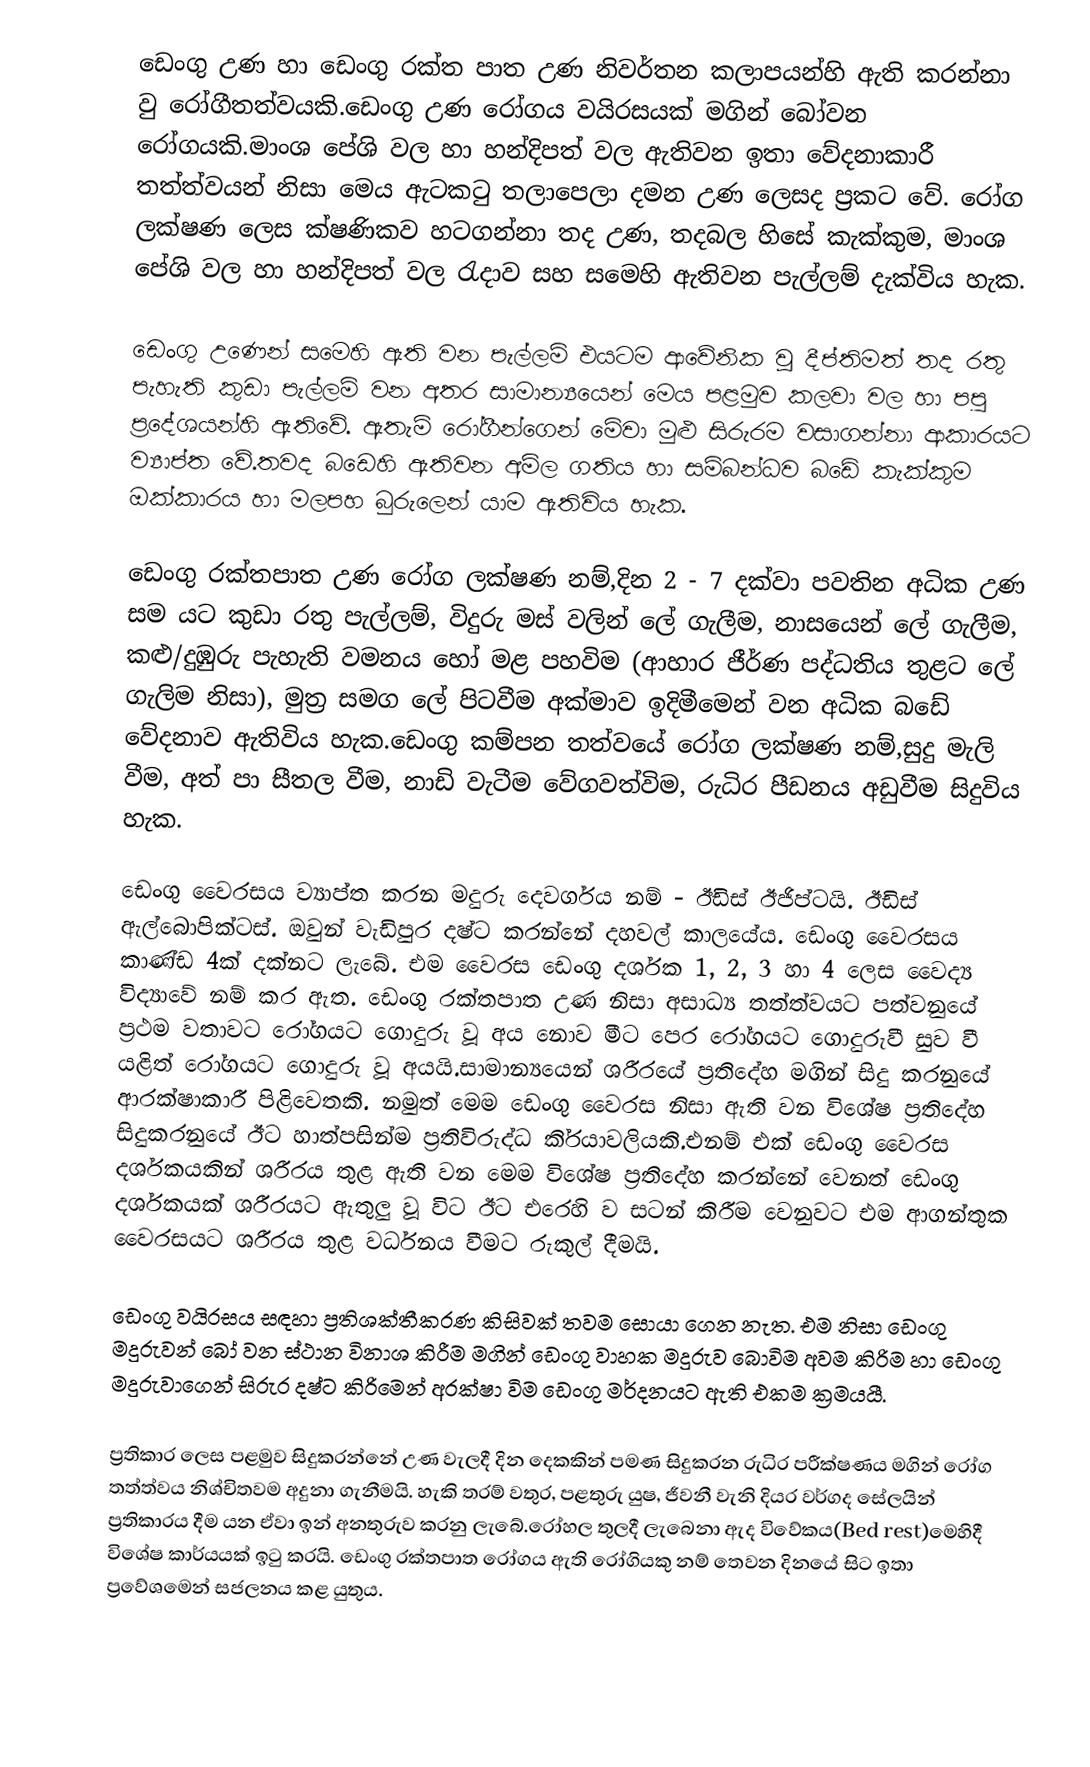
ඩෙංගු උණ හා ඩෙංගු රක්ත පාත උණ නිවර්තන කලාපයන්හි ඇති කරන්නා වු රෝගීතත්වයකි.ඩෙංගු උණ රෝගය වයිරසයක් මගින් බෝවන රෝගයකි.මාංශ පේශි වල හා හන්දිපත් වල ඇතිවන ඉතා වේදනාකාරී තත්ත්වයන් නිසා මෙය ඇටකටු තලාපෙලා දමන උණ ලෙසද ප්‍රකට වේ. රෝග ලක්ෂණ ලෙස ක්ෂණිකව හටගන්නා තද උණ, තදබල හිසේ කැක්කුම, මාංශ පේශි වල හා හන්දිපත් වල  රැදාව සහ සමෙහි ඇතිවන පැල්ලම් දැක්විය හැක.

ඩෙංගු උණෙන් සමෙහි ඇති වන පැල්ලම් එයටම ආවේනික වූ දීප්තිමත්  තද රතු පැහැති කුඩා පැල්ලම් වන අතර සාමාන්‍යයෙන් මෙය  පළමුව කලවා වල හා පපු ප්‍රදේශයන්හි ඇතිවේ. ඇතැම් රෝගීන්ගෙන් මේවා මුළු සිරුරම වසාගන්නා  ආකාරයට ව්‍යාප්ත වේ.තවද බඩෙහි ඇතිවන අම්ල ගතිය හා  සම්බන්ධව බඩේ කැක්කුම  ඔක්කාරය හා මලපහ බුරුලෙන් යාම ඇතිවිය හැක.

ඩෙංගු රක්තපාත උණ රෝග ලක්ෂණ නම්,දින 2 - 7 දක්වා පවතින අධික උණ සම යට කුඩා රතු පැල්ලම්, විදුරු මස් වලින් ලේ ගැලීම, නාසයෙන් ලේ ගැලීම, කළු/දුඹුරු පැහැති වමනය හෝ මළ පහවිම (ආහාර ජීර්ණ පද්ධතිය තුළට ලේ ගැලිම නිසා), මුත්‍ර සමග ලේ පිටවීම අක්මාව ඉදිමීමෙන් වන අධික බඩේ වේදනාව ඇතිවිය හැක.ඩෙංගු කම්පන තත්වයේ රෝග ලක්ෂණ නම්,සුදු මැලි වීම, අත් පා සීතල වීම, නාඩි වැටීම වේගවත්විම, රුධිර පීඩනය අඩුවීම සිදුවිය හැක.

ඩෙංගු වෛරසය ව්‍යාප්ත කරන මදුරු දෙවර්ගය නම් - ඊඩිස් ඊජිප්ටයි. ඊඩිස් ඇල්බොපික්ටස්. ඔවුන් වැඩිපුර දෂ්ට කරන්නේ දහවල් කාලයේය. ඩෙංගු වෛරසය කාණ්ඩ 4ක් දක්නට ලැබේ. එම වෛරස ඩෙංගු දර්ශක 1, 2, 3 හා 4 ලෙස වෛද්‍ය විද්‍යාවේ නම් කර ඇත. ඩෙංගු රක්තපාත උණ නිසා අසාධ්‍ය තත්ත්වයට පත්වනුයේ ප‍්‍රථම වතාවට රෝගයට ගොදුරු වූ අය නොව මීට පෙර රෝගයට ගොදුරුවී සුව වී යළිත් රෝගයට ගොදුරු වූ අයයි.සාමාන්‍යයෙන් ශරීරයේ ප‍්‍රතිදේහ මගින් සිදු කරනුයේ ආරක්ෂාකාරී පිළිවෙතකි. නමුත් මෙම ඩෙංගු වෛරස නිසා ඇති වන විශේෂ ප‍්‍රතිදේහ සිදුකරනුයේ ඊට හාත්පසින්ම ප‍්‍රතිවිරුද්ධ කි‍්‍රයාවලියකි.එනම් එක් ඩෙංගු වෛරස දර්ශකයකින් ශරීරය තුළ ඇති වන මෙම විශේෂ ප‍්‍රතිදේහ කරන්නේ වෙනත් ඩෙංගු දර්ශකයක් ශරීරයට ඇතුලු වූ විට ඊට එරෙහි ව සටන් කිරීම වෙනුවට එම ආගන්තුක වෛරසයට ශරීරය තුළ වර්ධනය වීමට රුකුල් දීමයි.

ඩෙංගු වයිරසය සඳහා ප්‍රතිශක්තීකරණ කිසිවක් තවම සොයා ගෙන නැත. එම නිසා ඩෙංගු මදුරුවන් බෝ වන ස්ථාන විනාශ කිරීම  මගින් ඩෙංගු වාහක මදුරුව බොවිම අවම කිරිම හා  ඩෙංගු මදුරුවාගෙන් සිරුර දෂ්ට කිරිමෙන් අරක්ෂා විම ඩෙංගු මර්දනයට ඇති එකම ක්‍රමයයී.

ප්‍රතිකාර ලෙස පළමුව සිදුකරන්නේ උණ වැලදී දින දෙකකින් පමණ සිදුකරන රුධිර පරීක්ෂණය මගින් රෝග තත්ත්වය නිශ්චිතවම අදුනා‍ ගැනීමයි. හැකි තරම් වතුර, පළතුරු යුෂ, ජීවනී වැනි දියර වර්ගද සේලයින් ප්‍රතිකාරය දීම යන ඒවා ඉන් අනතුරුව කරනු ලැබේ.රෝහල තුලදී ලැබෙනා ඇද විවේකය(Bed rest)මෙහිදී විශේෂ කාර්යයක් ඉටු කරයි. ඩෙංගු රක්තපාත රෝගය ඇති රෝගියකු නම් තෙවන දිනයේ සිට ඉතා ප්‍රවේශමෙන් සජලනය කළ යුතුය.